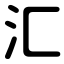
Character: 汇